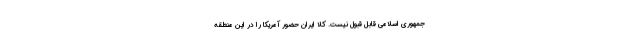
جمهوری اسلامی قابل قبول نیست. کلاً ایران حضور آمریکا را در این منطقه